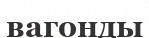
вагонды